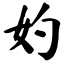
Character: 妁